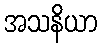
အသနိယာ